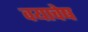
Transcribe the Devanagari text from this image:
वयाचेष